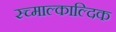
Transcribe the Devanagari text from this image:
स्च्माल्काल्दिक